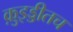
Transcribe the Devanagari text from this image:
क़ुइड्डीतच